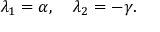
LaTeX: \lambda _ { 1 } = \alpha , \quad \lambda _ { 2 } = - \gamma .